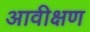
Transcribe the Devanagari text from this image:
आवीक्षण